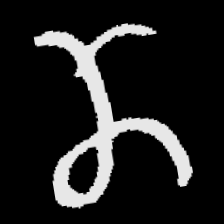
Pyu character \u2014 Myanmar letter: ဏ (romanized: nna)